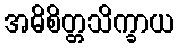
အဓိစိတ္တသိက္ခာယ